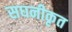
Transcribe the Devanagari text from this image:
सघनीकृत